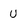
Character: U